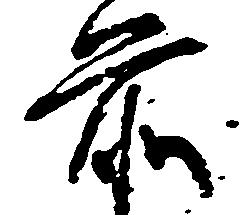
前